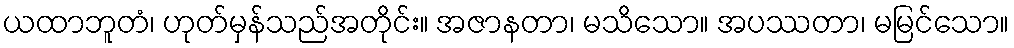
ယထာဘူတံ၊ ဟုတ်မှန်သည်အတိုင်း။ အဇာနတာ၊ မသိသော။ အပဿတာ၊ မမြင်သော။